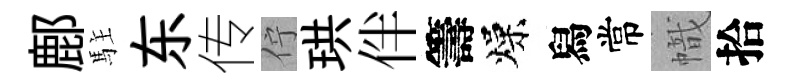
鄜駐东传佇珙伴籌燥舄常幟拾